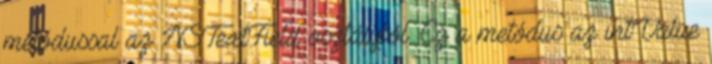
metódussal az NSTextField osztályból. Ez a metódus az intValue